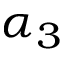
\alpha _ { 3 }